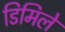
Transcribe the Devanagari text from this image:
डिमिले